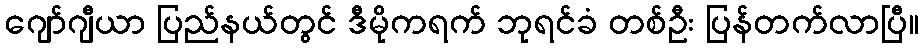
ဂျော်ဂျီယာ ပြည်နယ်တွင် ဒီမိုကရက် ဘုရင်ခံ တစ်ဦး ပြန်တက်လာပြီ။